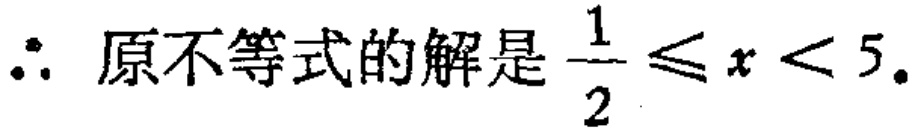
\(\therefore\) 原不等式的解是\(\dfrac{1}{2}\leqslant x < 5\)。